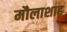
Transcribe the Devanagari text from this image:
मौलाशाह